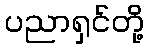
ပညာရှင်တို့